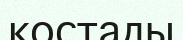
қостады